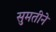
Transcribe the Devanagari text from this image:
सुमतीने